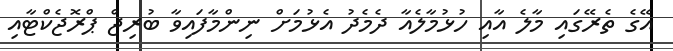
އޭގެ ތެރޭގައި މާލެ އާއި ހުޅުމާލެއާ ދެމެދު އެޅުމަށް ނިންމާފައިވާ ބުރިޖް ޕްރޮޖެކްޓާއި